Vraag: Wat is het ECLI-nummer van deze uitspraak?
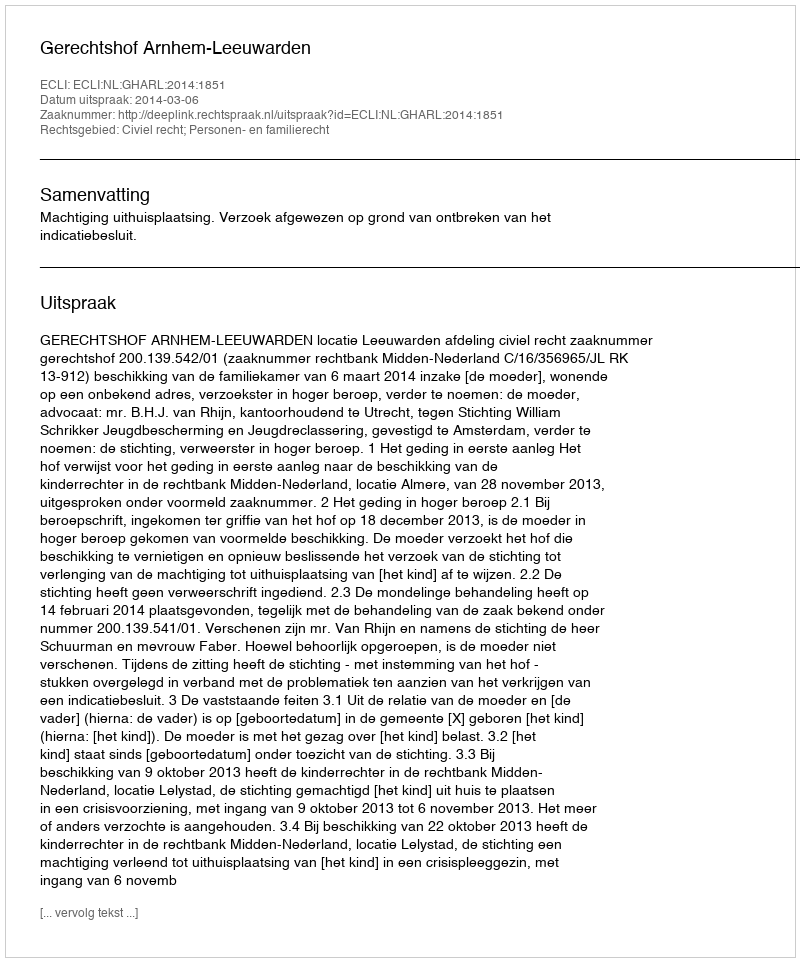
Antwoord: ECLI:NL:GHARL:2014:1851